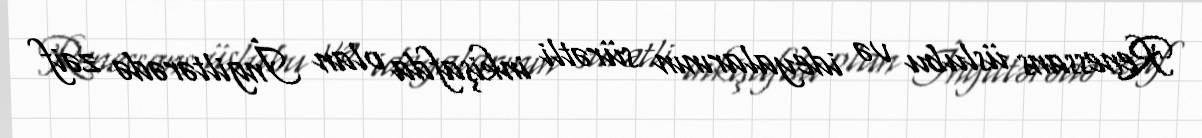
Renessans üslubu və ideyalarının sürətli inkişafda olan İngiltərədə zəif